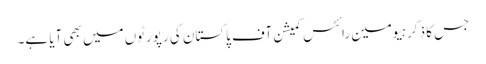
جس کا ذکر ہیومین رائٹس کمیشن آف پاکستان کی رپورٹوں میں بھی آیا ہے۔